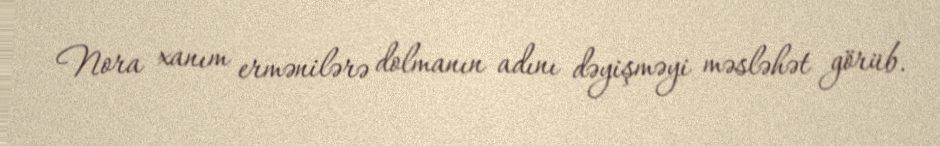
Nora xanım ermənilərə dolmanın adını dəyişməyi məsləhət görüb.